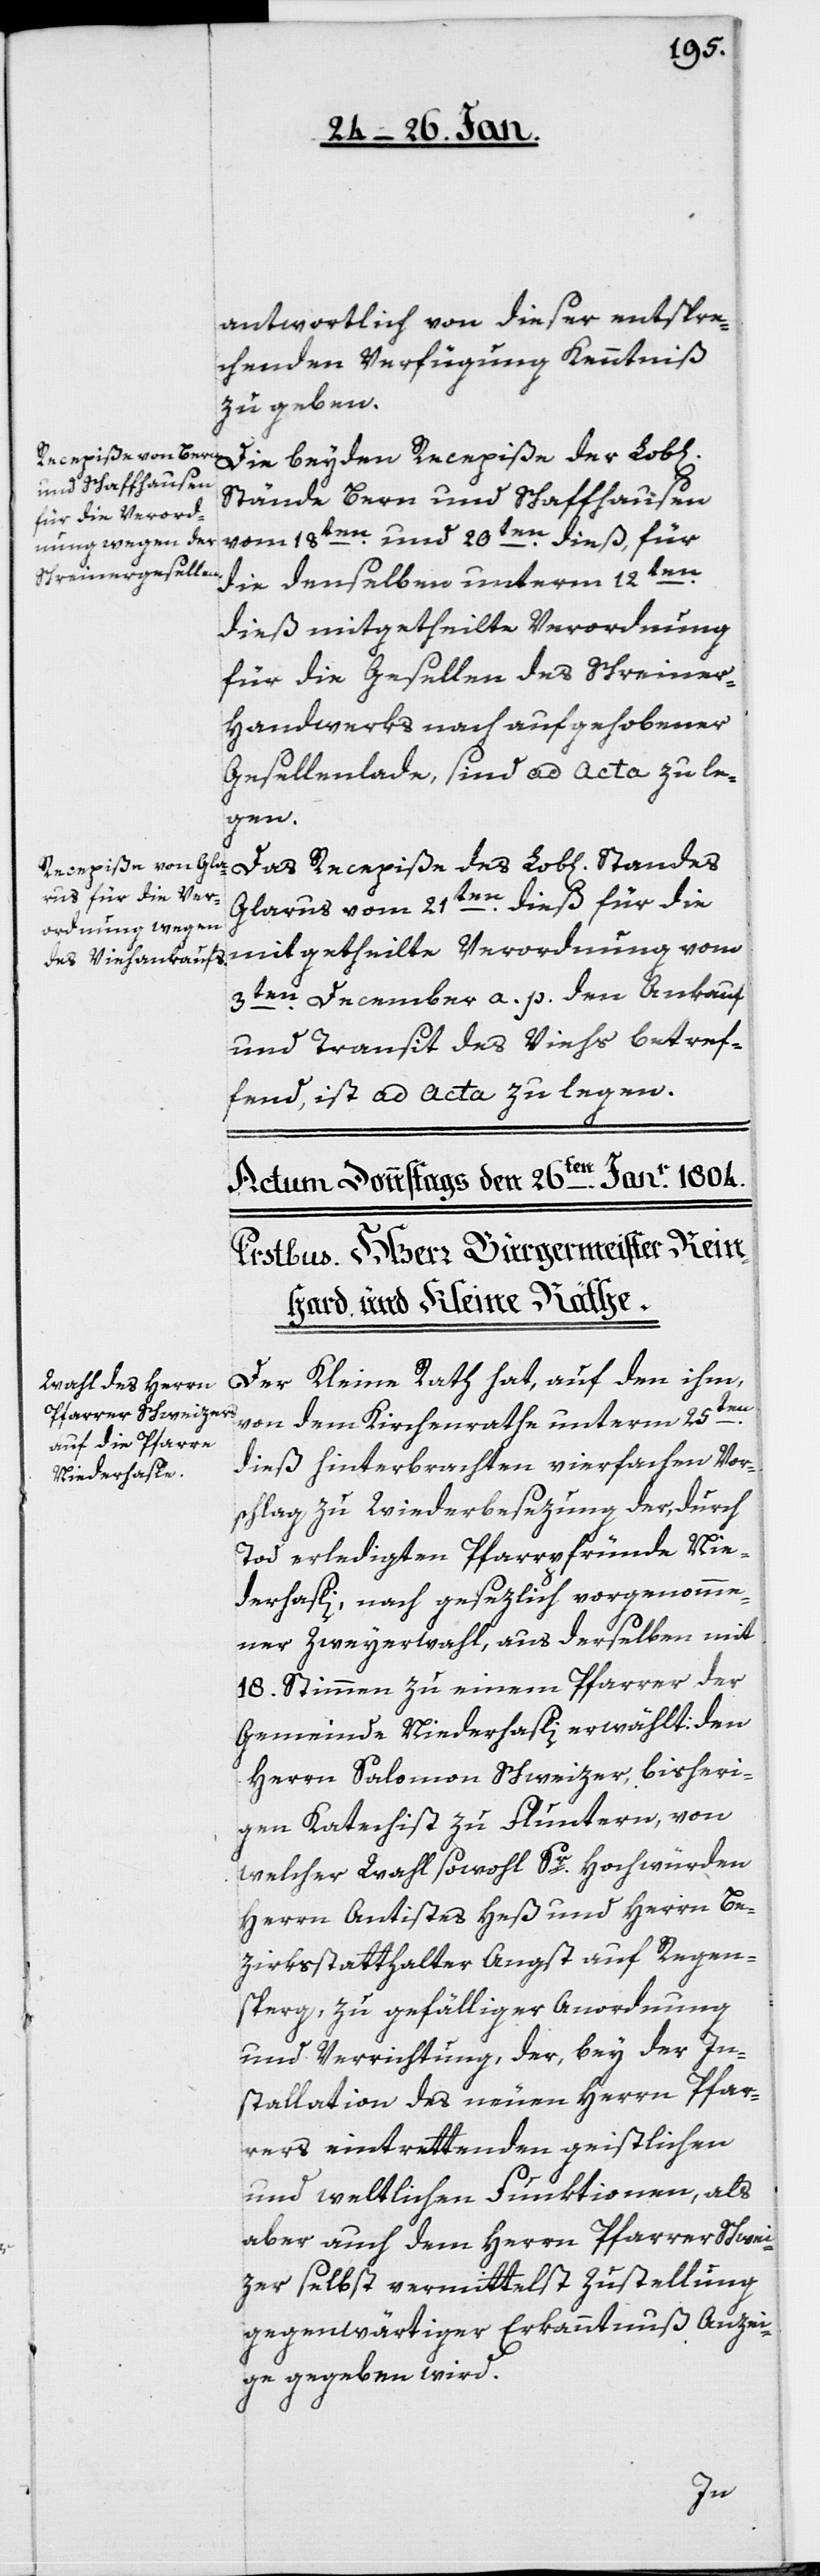
antwortlich von dieser entspre¬
chenden Verfügung Kenntniß
zu geben.
Stände Bern und Schaffhausen
vom 18ten. und 20sten. dieß, für
die denselben unterm 12ten.
dieß mitgetheilte Verordnung
für die Gesellen des Schreiner¬
handwerks nach aufgehobener
Gesellenlade, sind ad acta zu le¬
gen.
Glarus vom 21sten dieß für die
mitgetheilte Verordnung vom
3ten. December a. p., den Ankauf
und Transit des Viehs betref¬
fend, ist ad acta zu legen.
Der Kleine Rath hat, auf den ihm,
der
von dem Kirchenrathe unterm 25sten.
dieß hinterbrachten vierfachen Vor¬
schlag zu Wiederbesezung der, durch
Tod erledigten Pfarrpfründe Nie¬
derhasli, nach gesezlich vorgenomme¬
ner Zweyerwahl, aus derselben mit
18. Stimmen zu einem Pfarrer der
Gemeinde Niederhasli erwählt: den
Herrn Salomon Schweizer, bisheri¬
gen Katechist zu Fluntern, von
welcher Wahl sowohl Sr. Hochwürden
Herrn Antistes Heß und Herrn Be¬
zirksstatthalter Angst auf Regen¬
sperg, zu gefälliger Anordnung
und Verrichtung, der, bey der In¬
stallation des neuen Herrn Pfar¬
rers eintrettenden geistlichen
und weltlichen Funktionen, als
aber auch dem Herrn Pfarrer Schwei¬
zer selbst vermittelst Zustellung
gegenwärtiger Erkanntnuß Anzei¬
ge gegeben wird.